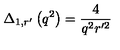
\Delta _ { 1 , r ^ { \prime } } \left( q ^ { 2 } \right) = \frac { 4 } { q ^ { 2 } r ^ { \prime 2 } }